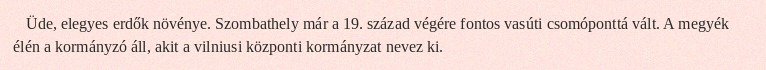
Üde, elegyes erdők növénye. Szombathely már a 19. század végére fontos vasúti csomóponttá vált. A megyék élén a kormányzó áll, akit a vilniusi központi kormányzat nevez ki.